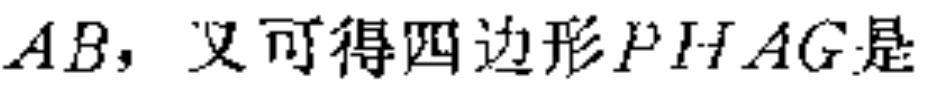
$AB，又可得四边形PHAG是$